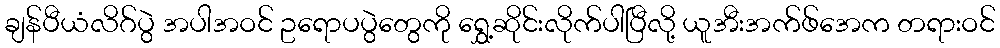
ချန်ပီယံလိဂ်ပွဲ အပါအဝင် ဥရောပပွဲတွေကို ရွှေ့ဆိုင်းလိုက်ပါပြီလို့ ယူအီးအက်ဖ်အေက တရားဝင်